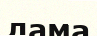
лама